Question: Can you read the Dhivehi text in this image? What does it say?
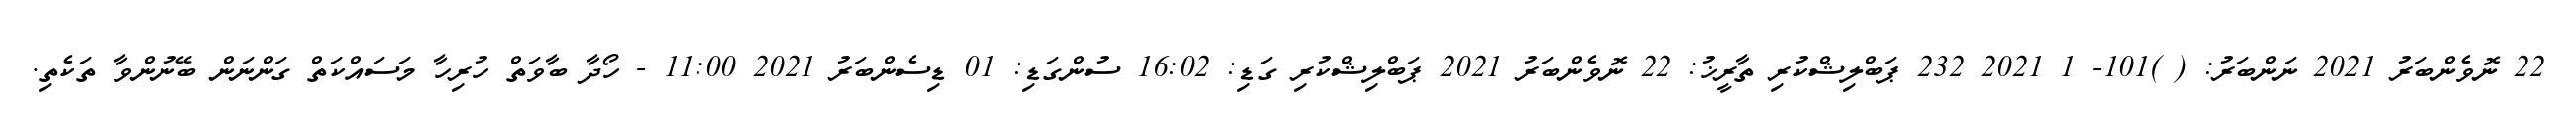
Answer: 22 ނޮވެންބަރު 2021 ނަންބަރު: ( )101- 1 2021 232 ޕަބްލިޝްކުރި ތާރީޚު: 22 ނޮވެންބަރު 2021 ޕަބްލިޝްކުރި ގަޑި: 16:02 ސުންގަޑި: 01 ޑިސެންބަރު 2021 11:00 - ހޯދާ ބާވަތް ހުރިހާ މަސައްކަތް ގަންނަން ބޭނުންވާ ތަކެތި.